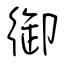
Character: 御